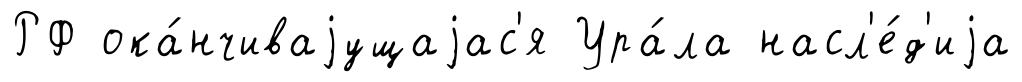
РФ ока́нчиваjущаjас'я Ура́ла насл'е́д'иjа